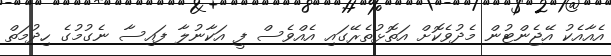
އެއާއެކު އޭޖެންޓުން މެދުވެކޮށް އަތޮޅުތެރޭގައި އެއްވެސް ފީ އަކާނުލާ ފައިސާ ނެގުމުގެ ހިދުމަތް